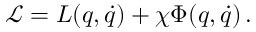
{ \mathcal L } = L ( q , \dot { q } ) + \chi \Phi ( q , \dot { q } ) \, .